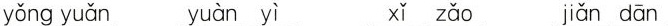
yǒng yuǎn yuàn zi xǐ zǎo jiǎn dān